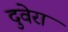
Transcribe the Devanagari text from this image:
दुवेरा